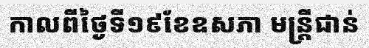
កាលពីថ្ងៃទី១៩ខែឧសភា មន្ត្រីជាន់